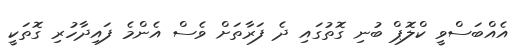
އެއްބަސްވީ ކްލޮޕް ބުނި ގޮތުގައި ދެ ފަރާތަށް ވެސް އެންމެ ފައިދާހުރި ގޮތަކީ